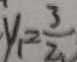
y _ { 1 } = \frac { 3 } { 2 }